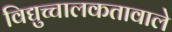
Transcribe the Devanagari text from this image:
विद्युच्चालकतावाले